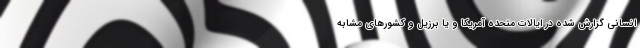
انسانی گزارش شده در ایالات متحده آمریکا و یا برزیل و کشورهای مشابه